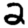
Digit: 2